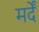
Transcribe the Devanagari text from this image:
मर्दें